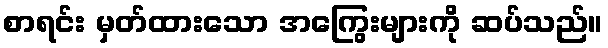
စာရင်း မှတ်ထားသော အကြွေးများကို ဆပ်သည်။